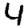
Digit: 4